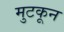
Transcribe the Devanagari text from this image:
मुटकून